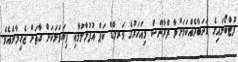
ފުޓްބޯޅައިގެ ގަދަބާރެއްކަމަށްވާ ފްރާންސް މިއަހަރުގެ ވަރލްޑް ކަޕް އުފުލާލުމާއި ފިޔަވަޅަކަށް ގާތަށް ޖެހިލާނެއެވެ.